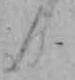
日